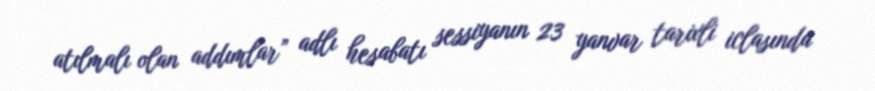
atılmalı olan addımlar” adlı hesabatı sessiyanın 23 yanvar tarixli iclasında